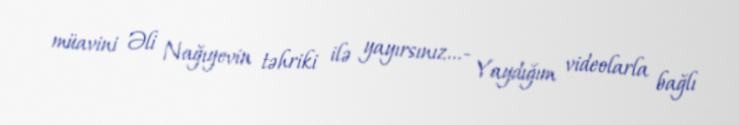
müavini Əli Nağıyevin təhriki ilə yayırsınız...- Yaydığım videolarla bağlı